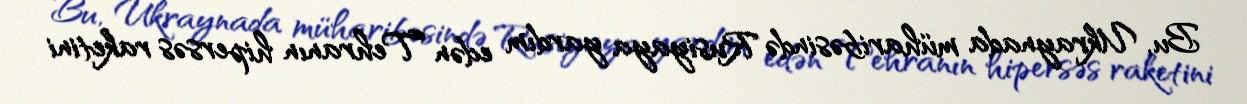
Bu, Ukraynada müharibəsində Rusiyaya yardım edən Tehranın hipersəs raketini